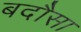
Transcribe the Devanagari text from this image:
बदौसा